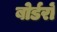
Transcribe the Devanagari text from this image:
बोर्डरों